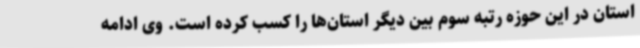
استان در این حوزه رتبه سوم بین دیگر استان‌ها را کسب کرده است. وی ادامه